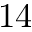
1 4